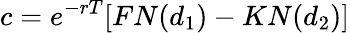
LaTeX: c=e^{-rT}[FN(d_{1})-KN(d_{2})]